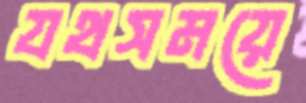
যথসময়ে